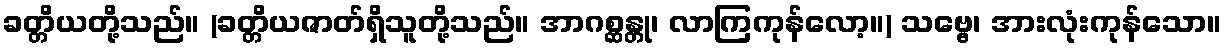
ခတ္တိယတို့သည်။ (ခတ္တိယဇာတ်ရှိသူတို့သည်။ အာဂစ္ဆန္တု၊ လာကြကုန်လော့။) သဗ္ဗေ၊ အားလုံးကုန်သော။